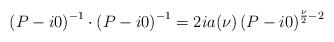
LaTeX: \begin{align*}\left(P-i0\right)^{-1} \cdot \left(P-i0\right)^{-1} = 2ia(\nu)\left(P-i0\right)^{\frac {\nu} {2} -2}\end{align*}